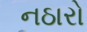
નઠારો